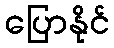
ပြောနိုင်